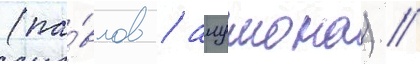
(па́влов / алумона) //